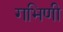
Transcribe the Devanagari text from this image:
गभिणी